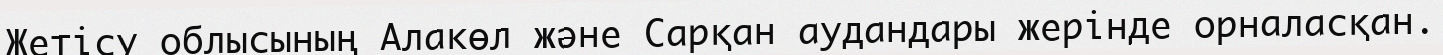
Жетісу облысының Алакөл және Сарқан аудандары жерінде орналасқан.